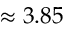
\approx 3 . 8 5